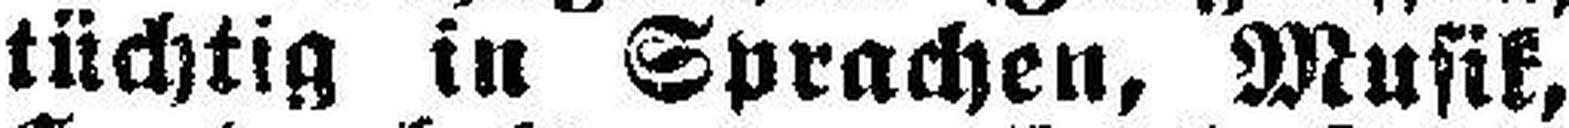
tüchtig in Sprachen, Musik,